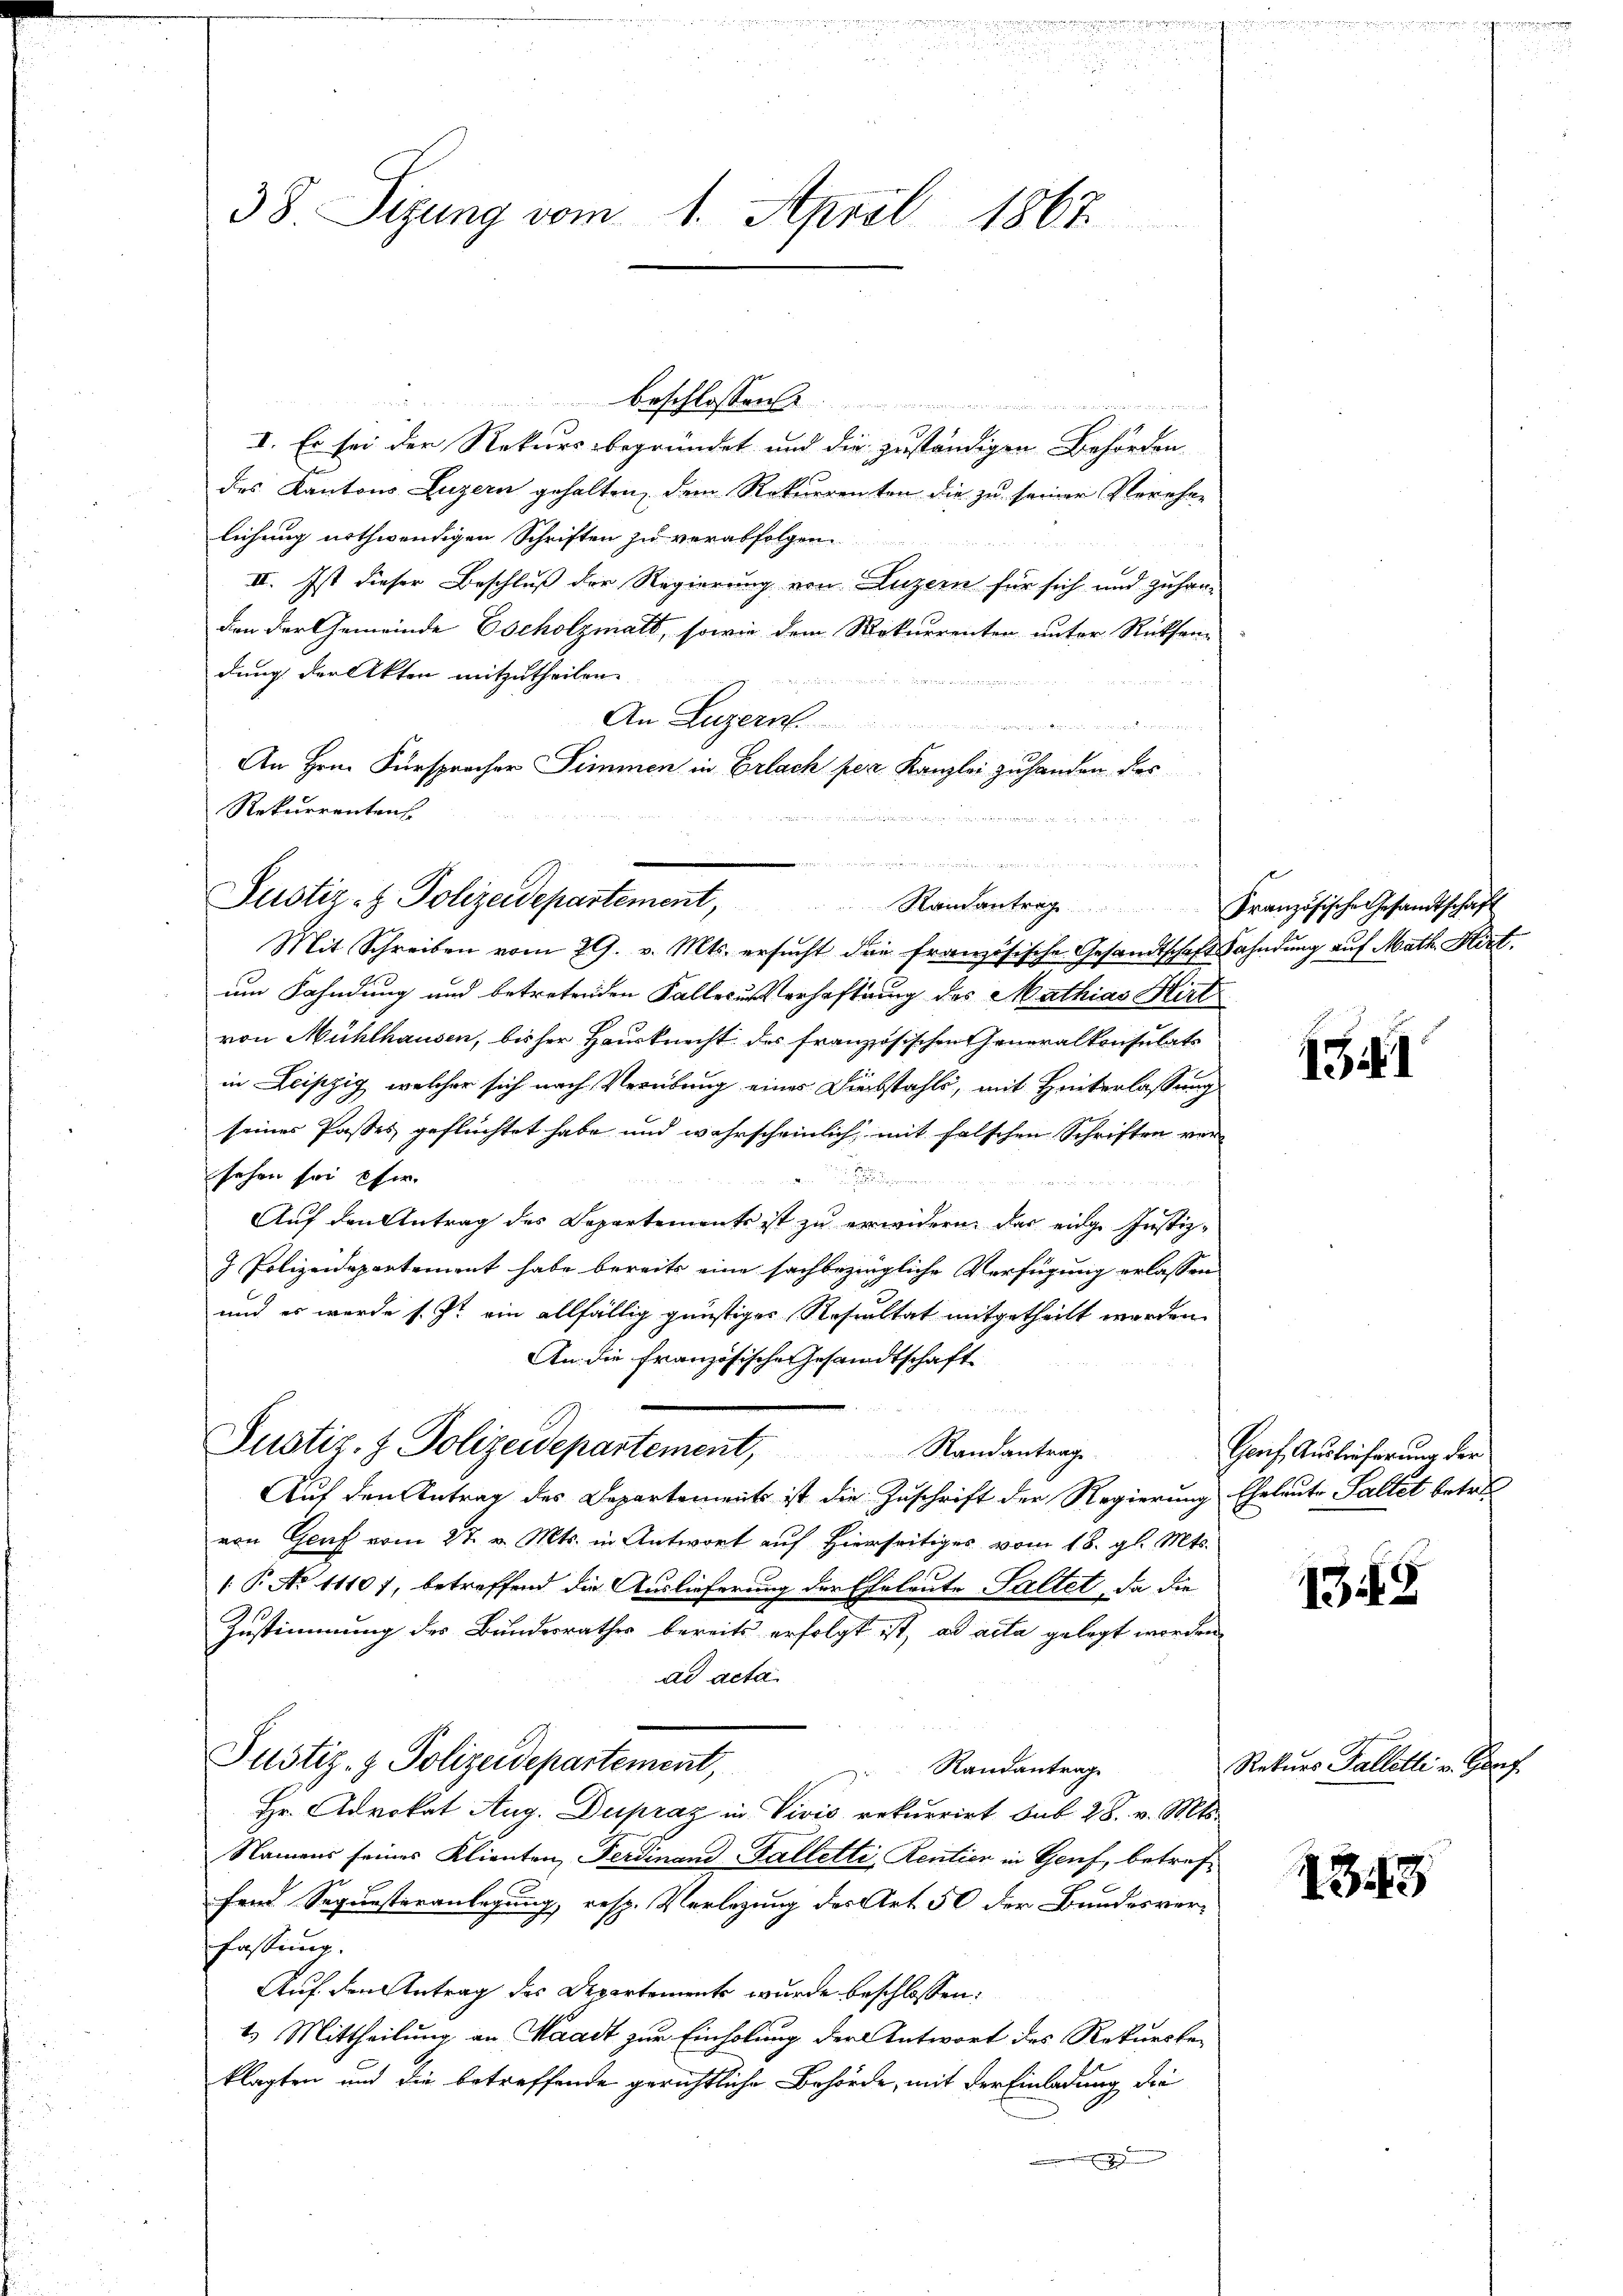
38. Sizung vom 1. April 1867

Justiz- & Polizeidepartement, Randantrag

s
beschlossen

I. Es sei der Rekursbegründet und die zuständigen Behörden
des Kantons Luzern gehalten, dem Rekurrenten die zu seiner Verehen
lichung nothwendigen Schriften zu verabfolgen.
II. Ist dieser Beschluß der Regierung von Luzern für sich und zuhanden der Gemeinde Escholzmatt, sowie dem Rekurrenten unter Rücksen
dung der Akten mitzutheilen.
 in de
An Luzern
An Hrn. Fürspracher Simmen in Erlach per Kanzlei zu handen des
Rekurrenten

Mit Schreiben vom 29. v. Mts. ersucht die französische Gesandtschaft
um Fahndung und betretenden Fallerunterhaftung des Mathias Hirt
von Mühlhausen, bisher Hausknecht des französischen Generalkonsulats
in Leipzig, welcher sich nach Verübung eines Diebstahls, mit Hinterlassung
seines Passes geflüchtet habe und wahrscheinlich mit falschen Schriften versehen sei eher
n werden der eine
Auf den Antrag des Departements ist zu erwidern das eige Justiz¬
J Polizeidepartement habe bereits eine sachbezügliche Verfügung erlassen
und es wurde s. Zt. ein allfällig günstiger Resultat mitgetheilt werden.
An die Französische Gesandtschaft
 es allen
Justiz- & Polizeidepartement, Randantrage
Auf den Antrag des Departements ist die Zuschrift der Regierung Eheleute Faltet betre
von Genf vom 27. v. Mts. in Antwort auf Hierseitiges vom 18. gl. Mts.
 P. No 11107, betreffend die Auslieferung der Eheleute altet, da die
Zustimmung des Bundesrathes bereits erfolgt ist, ad acta gelegt worden
ad acta
Justiz- & Polizeidepartement,
Randantrage
Hr. Advokat Aug. Dupraz in Vivić rekurrirt sub 28. v. Mts.
Namens seines Klienten Ferdinand Falletti, Rentier in Genf, betreffend Sequesteranlegung, resp. Verlegung des Art. 50 der Bundesverfassung.
Auf den Antrag des Departements wurde beschlossen:
t. Mittheilung an Waadt zur Einholung der Antwort des Rekursbeklagten und die betreffende gerichtliche Behörde, mit der Einladung die
Einhe

Französische Gesandtschaft
ahndung auf Math. Hirt.

141

Genf Auslieferung der

1349

Rekurs Gallotli v. Gonf.

1343